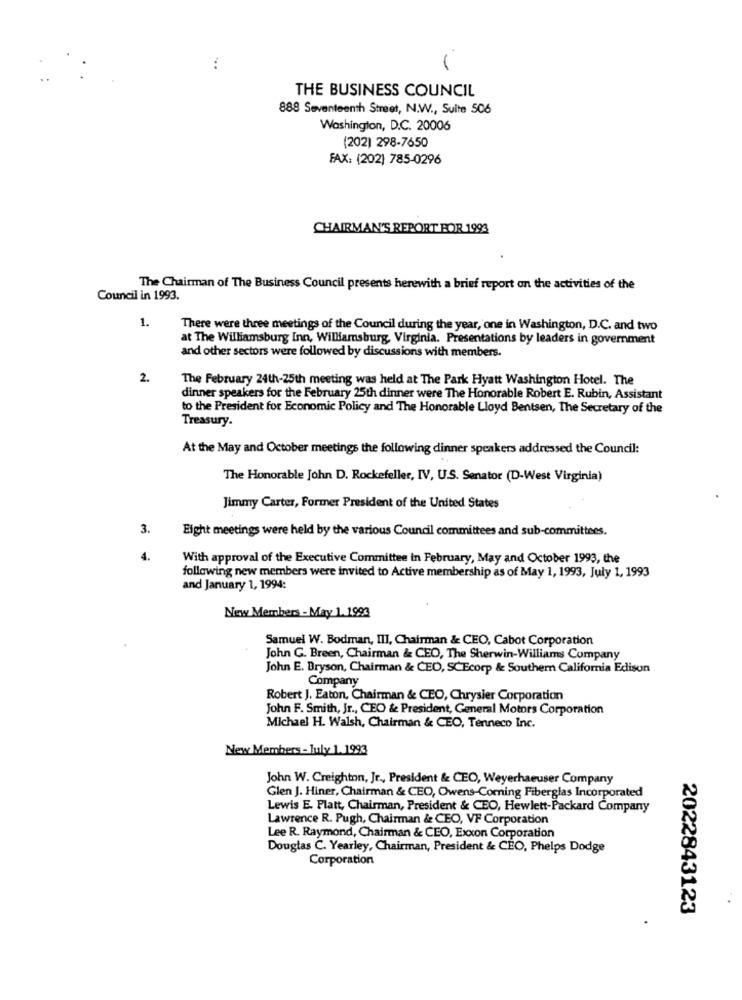
:
THE BUSINESS COUNCIL
888 Seventeenth Street, N.W ., Suite 506
Washington, D.C. 20006
(202) 298-7650
FAX: (202) 785-0296
CHAIRMAN'S REPORT FOR 1993
The Chairman of The Business Council presents herewith a brief report on the activities of the
Council in 1993.
1.
There were three meetings of the Council during the year, one in Washington, D.C. and two
at The Williamsburg Inn, Williamsburg, Virginia. Presentations by leaders in government
and other sectors were followed by discussions with members.
2.
The February 24th-25th meeting was held at The Park Hyatt Washington Hotel. The
dinner speakers for the February 25th dinner were The Honorable Robert E. Rubin, Assistant
to the President for Economic Policy and The Honorable Lloyd Bentsen, The Secretary of the
Treasury.
At the May and October meetings the following dinner speakers addressed the Council:
The Honorable John D. Rockefeller, IV, U.S. Senator (D-West Virginia)
Jimmy Carter, Former President of the United States
3.
Eight meetings were held by the various Council committees and sub-committees.
4.
With approval of the Executive Committee in February, May and October 1993, the
following new members were invited to Active membership as of May 1, 1993, July 1, 1993
and January 1, 1994:
New Members - May 1.1993
Samuel W. Bodman, III, Chairman & CEO, Cabot Corporation
John G. Breen, Chairman & CEO, The Sherwin-Williams Company
John E. Bryson, Chairman & CEO, SCEcorp & Southern California Edison
Company
Robert J. Eaton, Chairman & CEO, Chrysler Corporation
John F. Smith, Jr ., CEO & President, General Motors Corporation
Michael H. Walsh, Chairman & CEO, Tenneco Inc.
New Members - July 1.1993
John W. Creighton, Jr ., President & CEO, Weyerhaeuser Company
Glen J. Hiner, Chairman & CEO, Owens-Coming Fiberglas Incorporated
Lewis E. Platt, Chairman, President & CEO, Hewlett-Packard Company
Lawrence R. Pugh, Chairman & CEO, VF Corporation
Lee R. Raymond, Chairman & CEO, Exxon Corporation
Douglas C. Yearley, Chairman, President & CEO, Phelps Dodge
Corporation
2022843123